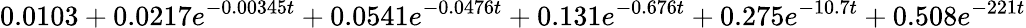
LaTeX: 0.0103+0.0217e^{-0.00345t}+0.0541e^{-0.0476t}+0.131e^{-0.676t}+0.275e^{-10.7t}+0.508e^{-221t}